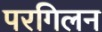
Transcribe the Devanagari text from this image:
परगिलन